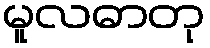
မူလဓာတု